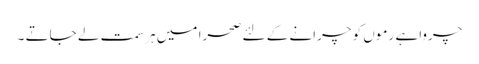
چرواہے رموں کو چرانے کے لئے صحرا میں ہر سمت لے جاتے ۔